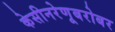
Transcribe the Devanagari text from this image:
केसीनरेणूबरोबर